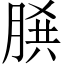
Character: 𦜞